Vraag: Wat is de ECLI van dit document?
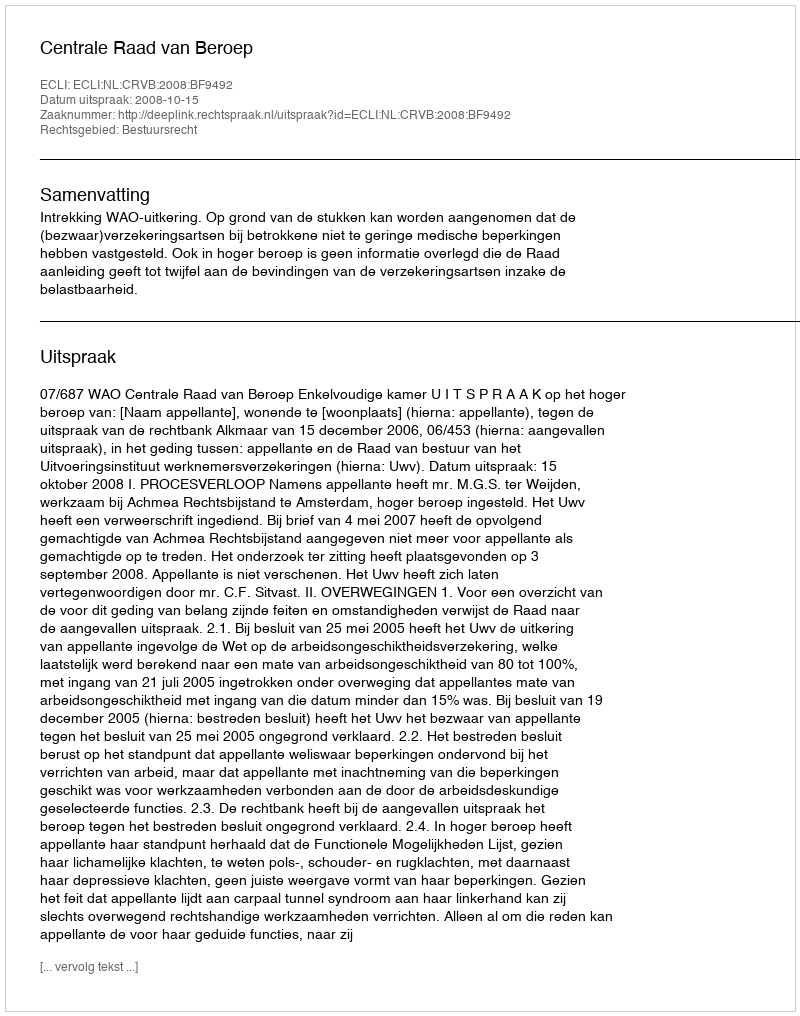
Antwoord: ECLI:NL:CRVB:2008:BF9492